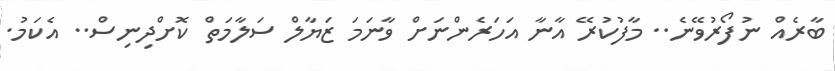
ބާރެއް ނުފޯރުވޭނެ.. މާފުކުރޭ އާނާ އަހަރެންނަށް ވާނަމަ ޒަޔާލް ސަލާމަތް ކޮށްދިނިސް.. އެކަމު.